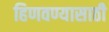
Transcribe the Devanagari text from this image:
हिणवण्यासाठी